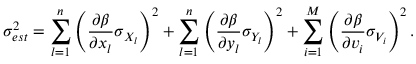
\sigma _ { e s t } ^ { 2 } = \sum _ { l = 1 } ^ { n } \left( \frac { \partial \beta } { \partial x _ { l } } \sigma _ { X _ { l } } \right) ^ { 2 } + \sum _ { l = 1 } ^ { n } \left( \frac { \partial \beta } { \partial y _ { l } } \sigma _ { Y _ { l } } \right) ^ { 2 } + \sum _ { i = 1 } ^ { M } \left( \frac { \partial \beta } { \partial v _ { i } } \sigma _ { V _ { i } } \right) ^ { 2 } .